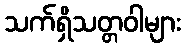
သက်ရှိသတ္တဝါများ